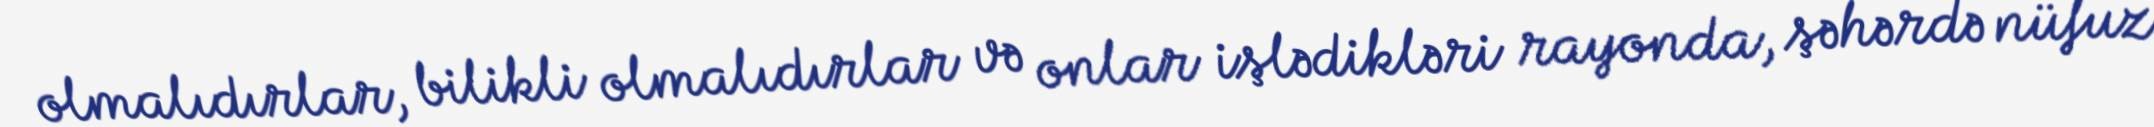
olmalıdırlar, bilikli olmalıdırlar və onlar işlədikləri rayonda, şəhərdə nüfuz